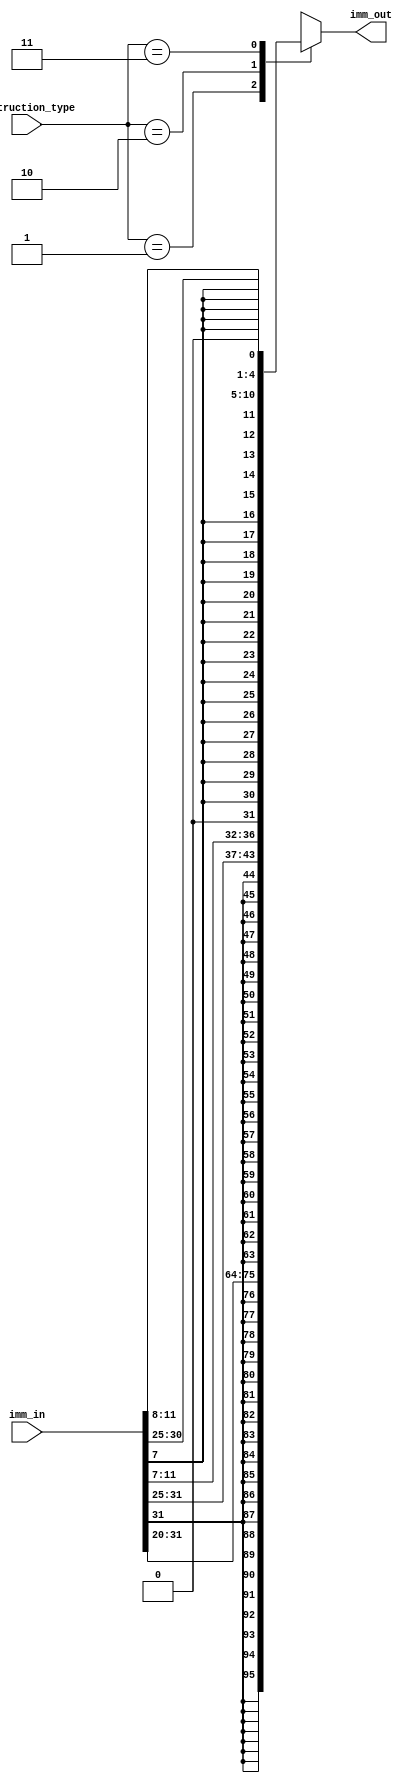
module ImmGen(imm_in, imm_out, instruction_type);
	input [31:0] imm_in;
	input [1:0] instruction_type;
	output [31:0] imm_out;
	reg [31:0] imm_out_reg;

   assign imm_out = imm_out_reg;
	
   always @(imm_in)
		case(instruction_type)
			2'b01: imm_out_reg <= {{21{imm_in[31]}}, imm_in[30:20]}; //I-Type
			2'b10: imm_out_reg <= {{21{imm_in[31]}}, imm_in[30:25], imm_in[11:7]}; //S-Type
			2'b11: imm_out_reg <= {{20{imm_in[7]}}, imm_in[30:25], imm_in[11:8], {1{1'b0}}}; // B-Type
			default: imm_out_reg <= 32'bx;
		endcase
endmodule